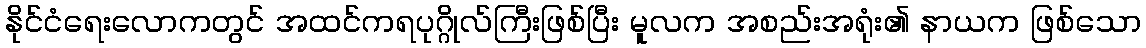
နိုင်ငံရေးလောကတွင် အထင်ကရပုဂ္ဂိုလ်ကြီးဖြစ်ပြီး မူလက အစည်းအရုံး၏ နာယက ဖြစ်သော